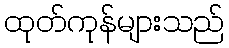
ထုတ်ကုန်များသည်